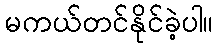
မကယ်တင်နိုင်ခဲ့ပါ။